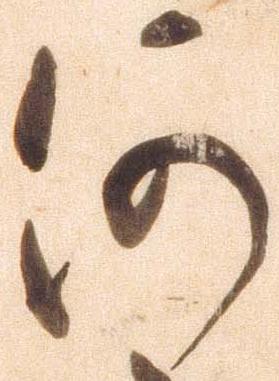
何